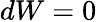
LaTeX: dW=0